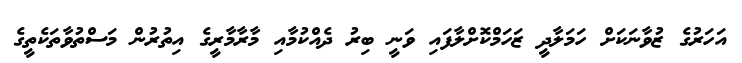
އަހަރުގެ ޒުވާނަކަށް ހަމަލާދީ ޒަހަމްކޮށްލާފައި ވަނީ ބިރު ދެއްކުމާއި މާރާމާރީގެ އިތުރުން މަސްތުވާތަކެތީގެ